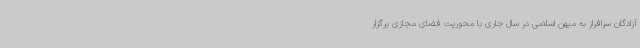
آزادگان سرافراز به میهن اسلامی در سال جاری با محوریت فضای مجازی برگزار